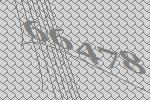
66478